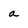
Character: a